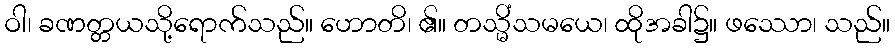
ဝါ၊ ခဏတ္တယသို့ရောက်သည်။ ဟောတိ၊ ၏။ တသ္မိံသမယေ၊ ထိုအခါ၌။ ဖဿော၊ သည်။